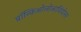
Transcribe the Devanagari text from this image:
ब्रॉन्किओलोआवियोलर